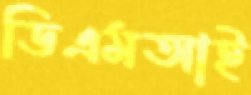
ডিএমআই